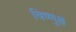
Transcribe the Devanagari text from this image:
विष्णुश्च